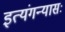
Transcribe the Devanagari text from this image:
इत्यंगन्यासः